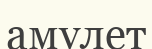
амулет